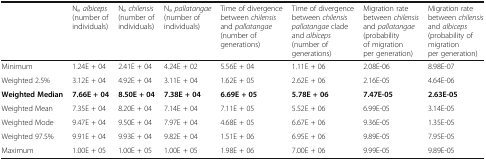
<table><thead><tr><td></td><td><b>N<sub>e</sub><i>albiceps</i> (number of individuals)</b></td><td><b>N<sub>e</sub><i>chilensis</i> (number of individuals)</b></td><td><b>N<sub>e</sub><i>pallatangae</i> (number of individuals)</b></td><td><b>Time of divergence between <i>chilensis</i> and <i>pallatangae</i> (number of generations)</b></td><td><b>Time of divergence between <i>chilensis pallatangae</i> clade and <i>albiceps</i> (number of generations)</b></td><td><b>Migration rate between <i>chilensis</i> and <i>pallatangae</i> (probability of migration per generation)</b></td><td><b>Migration rate between <i>chilensis</i> and <i>albiceps</i> (probability of migration per generation)</b></td></tr></thead><tbody><tr><td>Minimum</td><td>1.24E + 04</td><td>2.41E + 04</td><td>4.24E + 02</td><td>5.56E + 04</td><td>1.11E + 06</td><td>2.08E-06</td><td>8.98E-07</td></tr><tr><td>Weighted 2.5%</td><td>3.12E + 04</td><td>4.92E + 04</td><td>3.11E + 04</td><td>1.62E + 05</td><td>2.62E + 06</td><td>2.16E-05</td><td>4.64E-06</td></tr><tr><td><b>Weighted Median</b></td><td><b>7.66E + 04</b></td><td><b>8.50E + 04</b></td><td><b>7.38E + 04</b></td><td><b>6.69E + 05</b></td><td><b>5.78E + 06</b></td><td><b>7.47E-05</b></td><td><b>2.63E-05</b></td></tr><tr><td>Weighted Mean</td><td>7.35E + 04</td><td>8.20E + 04</td><td>7.14E + 04</td><td>7.11E + 05</td><td>5.52E + 06</td><td>6.99E-05</td><td>3.14E-05</td></tr><tr><td>Weighted Mode</td><td>9.47E + 04</td><td>9.50E + 04</td><td>7.97E + 04</td><td>4.68E + 05</td><td>6.67E + 06</td><td>9.36E-05</td><td>1.35E-05</td></tr><tr><td>Weighted 97.5%</td><td>9.91E + 04</td><td>9.93E + 04</td><td>9.82E + 04</td><td>1.51E + 06</td><td>6.95E + 06</td><td>9.89E-05</td><td>7.95E-05</td></tr><tr><td>Maximum</td><td>1.00E + 05</td><td>1.00E + 05</td><td>1.00E + 05</td><td>1.98E + 06</td><td>7.00E + 06</td><td>9.99E-05</td><td>9.89E-05</td></tr></tbody></table>